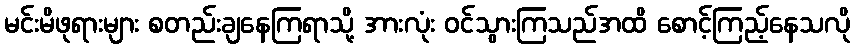
မင်းမိဖုရားများ စတည်းချနေကြရာသို့ အားလုံး ဝင်သွားကြသည်အထိ စောင့်ကြည့်နေသလို